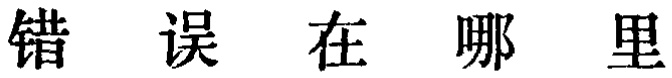
错 误 在 哪 里